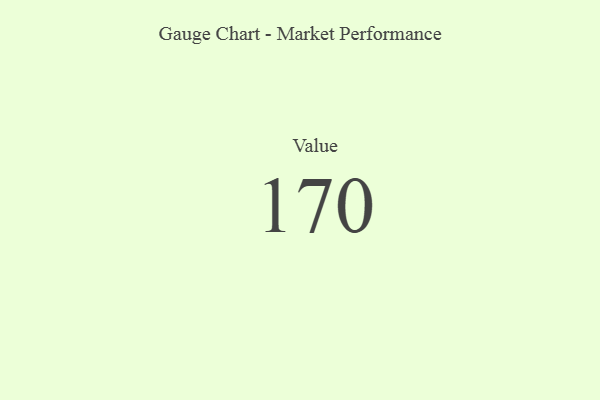
{"axis": {"x": "Metric", "y": "Value"}, "legend": [""], "data": [{"x": "Value", "y": 170, "type": ""}]}